Report on vaccination in the Province of Bengal - 1869-1873
Year: 1869
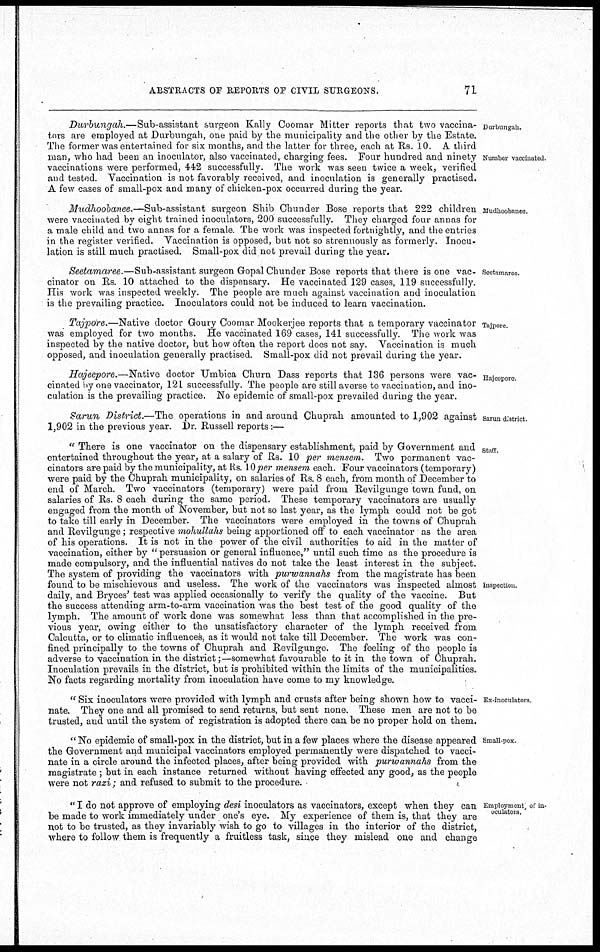
ABSTRACTS OF REPORTS OF CIVIL SURGEONS.
71
Durbungah.
Number vaccinated.
Durbungah.—Sub-assistant
surgeon Kally Coomar Mitter reports that two vaccina-
tors are employed at Durbungah, one paid by the municipality and the other by the Estate.
The former was entertained for six months, and the latter for three, each at Rs. 10. A third
man, who had been an inoculator, also vaccinated, charging fees. Four hundred and ninety
vaccinations were performed, 442 successfully. The work was seen twice a week, verified
and tested. Vaccination is not favorably received, and inoculation is generally practised.
A few cases of small-pox and many of chicken-pox occurred during the year.
Mudhoobanee.
Mudhoobanee.—Sub-assistant
surgeon Shib Chunder Bose reports that 222 children
were vaccinated by eight trained inoculators, 200 successfully. They charged four annas for
a male child and two annas for a female. The work was inspected fortnightly, and the entries
in the register verified. Vaccination is opposed, but not so strenuously as formerly. Inocu-
lation is still much practised. Small-pox did not prevail during the year.
Seetamaree.
Seetamaree.—Sub-assistant surgeon Gopal Chunder Bose reports that there is one vac-
cinator on Rs. 10 attached to the dispensary. He vaccinated 129 cases, 119 successfully.
His work was inspected weekly. The people are much against vaccination and inoculation
is the prevailing practice. Inoculators could not be induced to learn vaccination.
Tajpore.
Tajpore.—Native doctor Goury Coomar Mookerjee reports that a temporary vaccinator
was employed for two months. He vaccinated 169 cases, 141 successfully. The work was
inspected by the native doctor, but how often the report does not say. Vaccination is much
opposed, and inoculation generally practised. Small-pox did not prevail during the year.
Hajeepore.
Hajeepore.—Native doctor Umbica Churn Dass reports that 136 persons were vac-
cinated by one vaccinator, 121 successfully. The people are still averse to vaccination, and ino-
culation is the prevailing practice. No epidemic of small-pox prevailed during the year.
Sarun district.
Sarun Distirict.—The operations in and around Chuprah amounted to 1,902 against
1,902 in the previous year.
Dr. Russell reports:—
Staff.
Inspection.
" There is one vaccinator on the dispensary establishment, paid by Government and
entertained throughout the year, at a salary of Rs. 10 per mensem. Two permanent vac-
cinators are paid by the municipality, at Rs. 10 per mensem each. Four vaccinators (temporary)
were paid by the Chuprah municipality, on salaries of Rs. 8 each, from month of December to
end of March. Two vaccinators (temporary) were paid from Revilgunge town fund, on
salaries of Rs. 8 each during the same period. These temporary vaccinators are usually
engaged from the month of November, but not so last year, as the lymph could not be got
to take till early in December. The vaccinators were employed in the towns of Chuprah
and Revilgunge; respective mohullahs being apportioned off to each vaccinator as the area
of his operations. It is not in the power of the civil authorities to aid in the matter of
vaccination, either by " persuasion or general influence," until such time as the procedure is
made compulsory, and the influential natives do not take the least interest in the subject.
The system of providing the vaccinators with purwannahs from the magistrate has been
found to be mischievous and useless. The work of the vaccinators was inspected almost
daily, and Bryces' test was applied occasionally to verify the quality of the vaccine. But
the success attending arm-to-arm vaccination was the best test of the good quality of the
lymph. The amount of work done was somewhat less than that accomplished in the pre-
vious year, owing either to the unsatisfactory character of the lymph received from
Calcutta, or to climatic influences, as it would not take till December. The work was con-
fined principally to the towns of Chuprah and Revilgunge. The feeling of the people is
adverse to vaccination in the district;—somewhat favourable to it in the town of Chuprah.
Inoculation prevails in the district, but is prohibited within the limits of the municipalities.
No facts regarding mortality from inoculation have come to my knowledge.
Ex-inoculators.
" Six inoculators were provided with lymph and crusts after being shown how to vacci-
nate. They one and all promised to send returns, but sent none. These men are not to be
trusted, and until the system of registration is adopted there can be no proper hold on them.
Small-pox.
" No epidemic of small-pox in the district, but in a few places where the disease appeared
the Government and municipal vaccinators employed permanently were dispatched to vacci-
nate in a circle around the infected places, after being provided with purwannahs from the
magistrate ; but in each instance returned without having effected any good, as the people
were not razi; and refused to submit to the procedure.
Employment of in-
oculators.
" I do not approve of employing desi inoculators as vaccinators, except when they can
be made to work immediately under one's eye. My experience of them is, that they are
not to be trusted, as they invariably wish to go to villages in the interior of the district,
where to follow them is frequently a fruitless task, since they mislead one and change